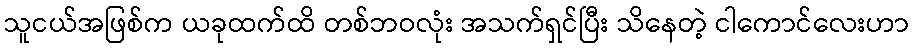
သူငယ်အဖြစ်က ယခုထက်ထိ တစ်ဘဝလုံး အသက်ရှင်ပြီး သိနေတဲ့ ငါကောင်လေးဟာ